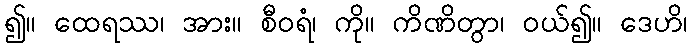
၍။ ထေရဿ၊ အား။ စီဝရံ၊ ကို။ ကိဏိတွာ၊ ဝယ်၍။ ဒေဟိ၊